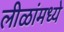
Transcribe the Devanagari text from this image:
लीळांमध्ये